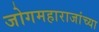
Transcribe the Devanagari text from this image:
जोगमहाराजांच्या